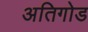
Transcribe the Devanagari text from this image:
अतिगोड